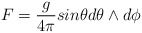
\begin{align*}F=\frac{g}{4\pi} sin \theta d\theta \wedge d\phi\end{align*}